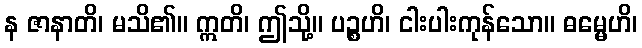
န ဇာနာတိ၊ မသိ၏။ ဣတိ၊ ဤသို့။ ပဉ္စဟိ၊ ငါးပါးကုန်သော။ ဓမ္မေဟိ၊